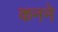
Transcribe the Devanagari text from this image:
कनने